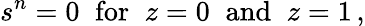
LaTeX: s^{n}=0\; \; \mathrm{for}\; \; z=0\; \; \mathrm{and}\; \; z=1\, ,